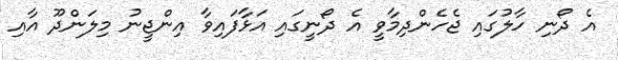
އެ ދޯނި ހާލުގައި ޖެހެންދިމާވީ އެ ދޯނީގައި އަޅާފައިވާ އިންޖީނު މިލަންދޫ އާއި